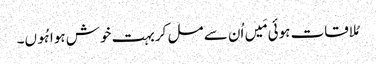
مُلاقات ہوئی مَیں اُن سے مل کر بہت خوش ہوا ہُوں۔